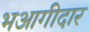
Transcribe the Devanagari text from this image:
भआगीदार